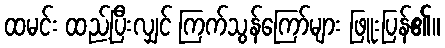
ထမင်း ထည့်ပြီးလျှင် ကြက်သွန်ကြော်များ ဖြူးပြန်၏။